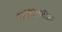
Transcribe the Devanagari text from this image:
सत्ताप्राप्तीत